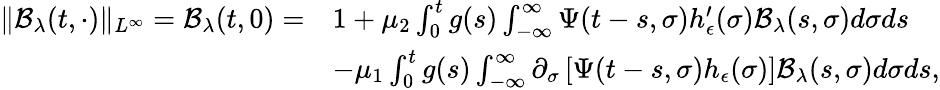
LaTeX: \begin{array}{rl}{\| \mathcal{B}_{\lambda}(t,\cdot)\| _{L^{\infty}}=\mathcal{B}_{\lambda}(t,0)=}&{1+\mu_{2}\int_{0}^{t}g(s)\int_{-\infty}^{\infty}\Psi(t-s,\sigma)h_{\epsilon}^{\prime}(\sigma)\mathcal{B}_{\lambda}(s,\sigma)d\sigma ds}\\ &{-\mu_{1}\int_{0}^{t}g(s)\int_{-\infty}^{\infty}\partial_{\sigma}\left[\Psi(t-s,\sigma)h_{\epsilon}(\sigma)\right]\mathcal{B}_{\lambda}(s,\sigma)d\sigma ds,}\end{array}